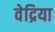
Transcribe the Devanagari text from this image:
वेद्रिया